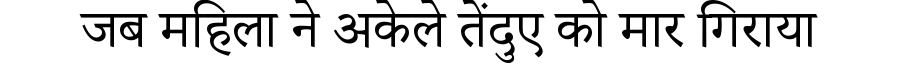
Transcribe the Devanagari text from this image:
जब महिला ने अकेले तेंदुए को मार गिराया